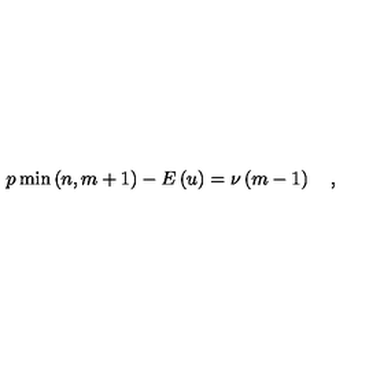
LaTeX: p \min \left( n , m + 1 \right) - E \left( u \right) = \nu \left( m - 1 \right) \quad ,